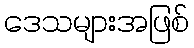
ဒေသများအဖြစ်